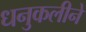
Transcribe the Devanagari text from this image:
धनुकलीने